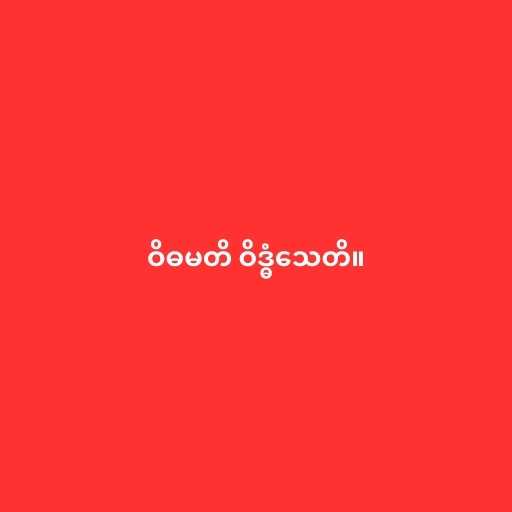
ဝိဓမတိ ဝိဒ္ဓံသေတိ။